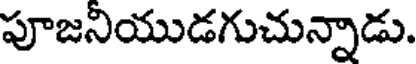
పూజనియుడగుచున్నాడు.